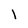
Character: l